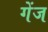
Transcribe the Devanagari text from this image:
गेंज